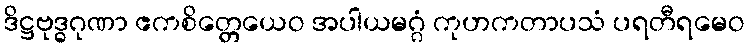
ဒိဋ္ဌဗုဒ္ဓဂုဏာ ဧကစိတ္တေယေဝ အပါယမဂ္ဂံ ကုဟကတာပသံ ပရတီရမေဝ